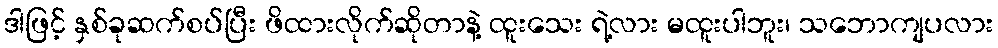
ဒါဖြင့် နှစ်ခုဆက်စပ်ပြီး ဖိထားလိုက်ဆိုတာနဲ့ ထူးသေး ရဲ့လား မထူးပါဘူး၊ သဘောကျပလား